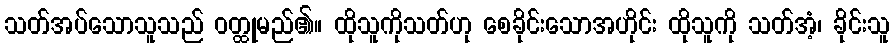
သတ်အပ်သောသူသည် ဝတ္ထုမည်၏။ ထိုသူကိုသတ်ဟု စေခိုင်းသောအဟိုင်း ထိုသူကို သတ်အံ့၊ ခိုင်းသူ